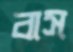
বাস